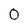
Character: 0